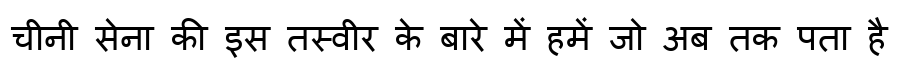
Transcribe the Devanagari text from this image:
चीनी सेना की इस तस्वीर के बारे में हमें जो अब तक पता है